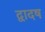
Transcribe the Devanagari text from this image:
द्वादष